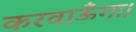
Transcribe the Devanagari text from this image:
करवाऊँगा।